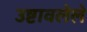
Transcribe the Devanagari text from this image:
उष्टावलेले